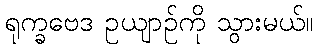
ရုက္ခဗေဒ ဥယျာဉ်ကို သွားမယ်။